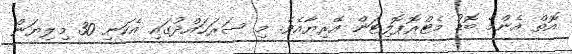
އޮތް އެންމެ ބޮޑު މެޓްރޮޕޮލިޓަން އޭރިޔާއެވެ. މި ސަރަޙައްދުގައި އެކަނި 30 މިލިޔަން